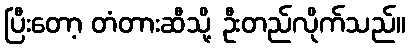
ပြီးတော့ တံတားဆီသို့ ဦးတည်လိုက်သည်။